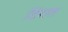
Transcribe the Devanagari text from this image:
डिगत